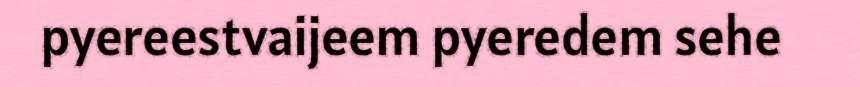
pyereestvaijeem pyeredem sehe